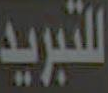
للتبريد